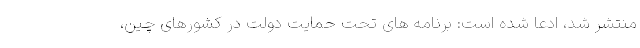
منتشر شد، ادعا شده است: برنامه های تحت حمایت دولت در کشورهای چین،